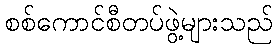
စစ်ကောင်စီတပ်ဖွဲ့များသည်